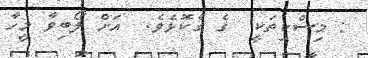
: މިސްކިތަކީ  ގެ ގެކޮޅެވެ.  އަށް ލޯބިވާ މީހާ